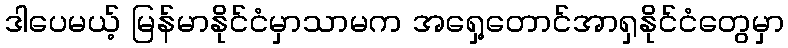
ဒါပေမယ့် မြန်မာနိုင်ငံမှာသာမက အရှေ့တောင်အာရှနိုင်ငံတွေမှာ